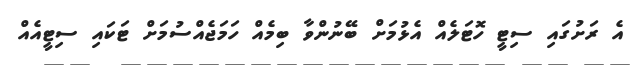
އެ ރަށުގައި ސިޓީ ހޮޓަލެއް އެޅުމަށް ބޭނުންވާ ބިމެއް ހަމަޖެއްސުމަށް ޓަކައި ސިޓީއެއް